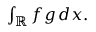
\textstyle \int _ { \mathbb { R } } f g \, d x .